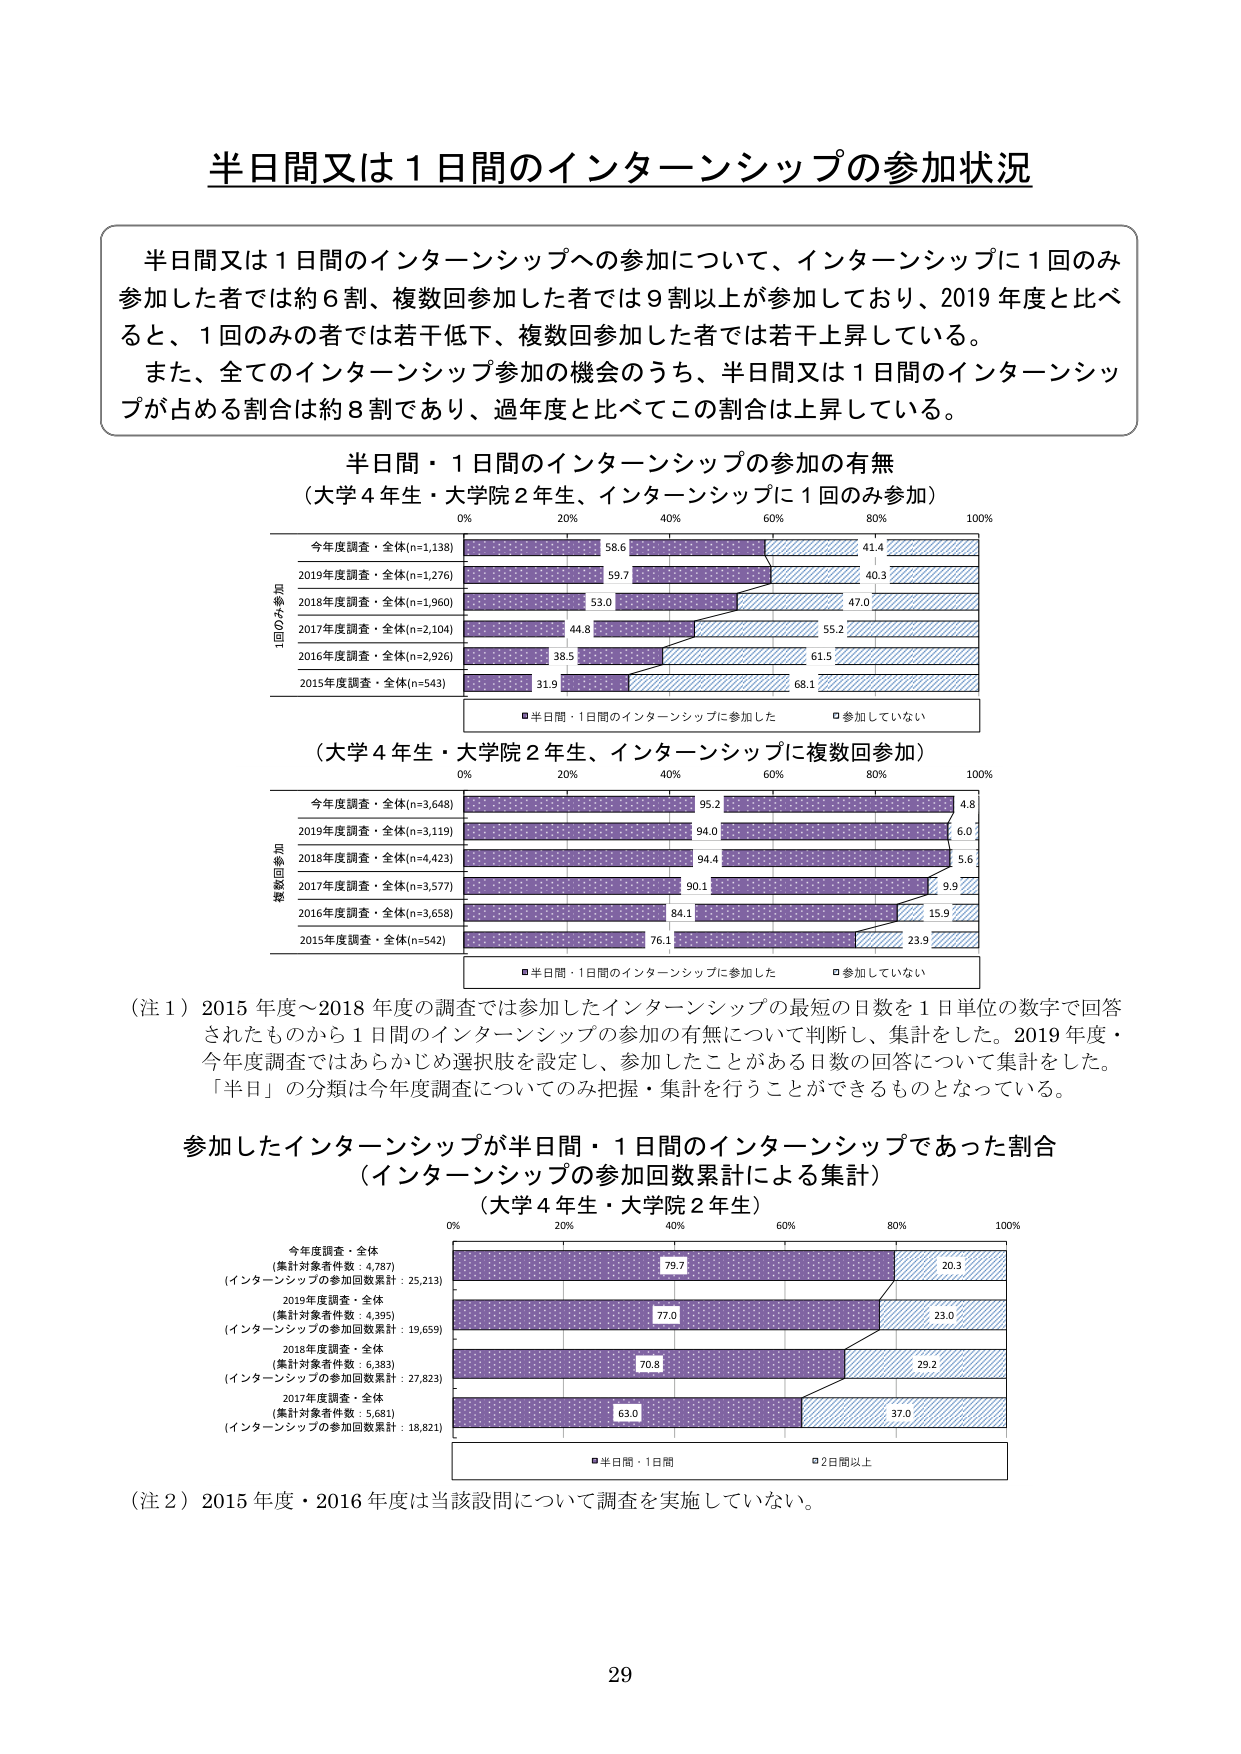
半日間又は１日間のインターンシップの参加状況

半日間又は１日間のインターンシップへの参加について、インターンシップに１回のみ参加した者では約６割、複数回参加した者では９割以上が参加しており、2019年度と比べると、１回のみの者では若干低下、複数回参加した者では若干上昇している。
また、全てのインターンシップ参加の機会のうち、半日間又は１日間のインターンシップが占める割合は約８割であり、過年度と比べてこの割合は上昇している。

半日間・１日間のインターンシップの参加の有無
（大学４年生・大学院２年生、インターンシップに１回のみ参加）

0% 20% 40% 60% 80% 100%
今年度調査・全体(n=1,138) 58.6 41.4
2019年度調査・全体(n=1,276) 59.7 40.3
2018年度調査・全体(n=1,960) 53.0 47.0
2017年度調査・全体(n=2,104) 44.8 55.2
2016年度調査・全体(n=2,926) 38.5 61.5
2015年度調査・全体(n=543) 31.9 68.1

■半日間・１日間のインターンシップに参加した □参加していない

（大学４年生・大学院２年生、インターンシップに複数回参加）

0% 20% 40% 60% 80% 100%
今年度調査・全体(n=3,648) 95.2 4.8
2019年度調査・全体(n=3,119) 94.0 6.0
2018年度調査・全体(n=4,423) 94.4 5.6
2017年度調査・全体(n=3,577) 90.1 9.9
2016年度調査・全体(n=3,658) 84.1 15.9
2015年度調査・全体(n=542) 76.1 23.9

■半日間・１日間のインターンシップに参加した □参加していない

（注１）2015年度～2018年度の調査では参加したインターンシップの最短の日数を１日単位の数字で回答されたものから１日間のインターンシップの参加の有無について判断し、集計をした。2019年度・今年度調査ではあらかじめ選択肢を設定し、参加したことがある日数の回答について集計をした。「半日」の分類は今年度調査についてのみ把握・集計を行うことができるものとなっている。

参加したインターンシップが半日間・１日間のインターンシップであった割合
（インターンシップの参加回数累計による集計）
（大学４年生・大学院２年生）

0% 20% 40% 60% 80% 100%
今年度調査・全体
（集計対象者件数：4,787）
（インターンシップの参加回数累計：25,213） 79.7 20.3
2019年度調査・全体
（集計対象者件数：4,395）
（インターンシップの参加回数累計：19,659） 77.0 23.0
2018年度調査・全体
（集計対象者件数：6,383）
（インターンシップの参加回数累計：27,823） 70.8 29.2
2017年度調査・全体
（集計対象者件数：5,681）
（インターンシップの参加回数累計：16,821） 63.0 37.0

■半日間・１日間 □2日間以上

（注２）2015年度・2016年度は当該設問について調査を実施していない。

29